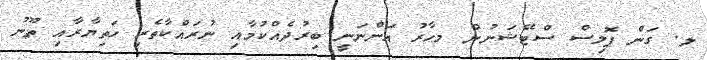
ލ. ގަން ޕޮލިސް ސްޓޭޝަނުން މހާރު އަންނަނީ ބިރުދެއްކުމާއި ނުރައްކާތެރި ހަތިޔާރާއި ތޫނު